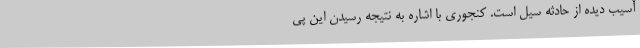
آسیب دیده از حادثه سیل است. کنجوری با اشاره به نتیجه رسیدن این پی